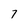
Character: 7